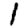
Digit: 1